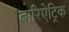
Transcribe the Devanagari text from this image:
बारिऐट्रिक